Report of the Indian Hemp Drugs Commission, 1894-1895 - Volume VII
Year: 1894
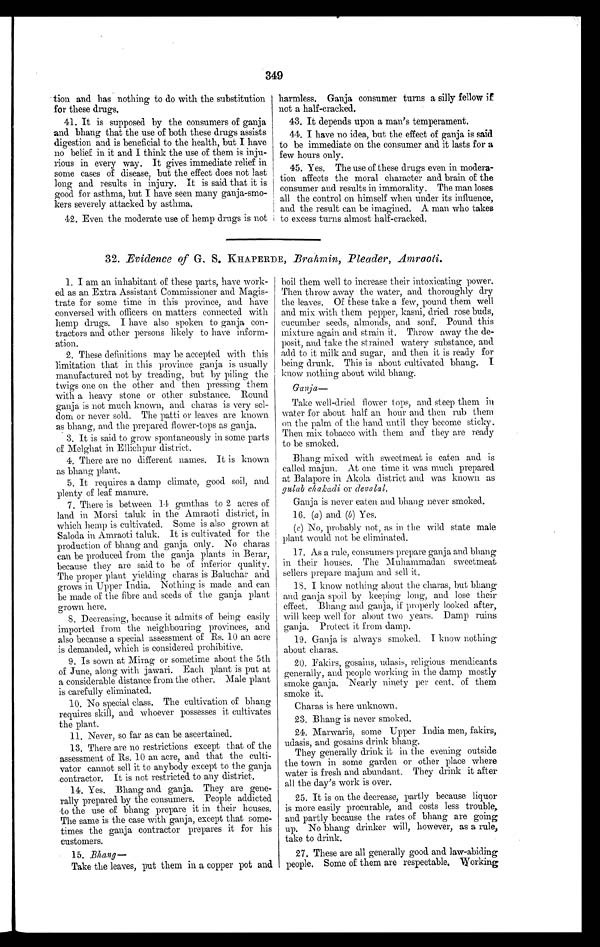
349
tion and has nothing to do with the substitution
for these drugs.
41.It is supposed by the consumers of ganja
and bhang that the use of both these drubs assists
digestion and is beneficial to the health, but I have
no belief in it and I think the use of them is inju-
rious in every way. It gives immediate relief in
some cases of disease, but the effect does not last
long and results in injury. It is said that it is
good for asthma, but I have seen many ganja-smo-
kers severely attacked by asthma.
42.Even the moderate use of hemp drugs is not
harmless. Ganja consumer turns a silly fellow if
not a half-cracked.
43.It depends upon a man's temperament.
44.I have no idea, but the effect of ganja is said
to be immediate on the consumer and it lasts for a
few hours only.
45.Yes. The use of these drugs even in modera-
tion affects the moral character and brain of the
consumer and results in immorality. The man loses
all the control on himself when under its influence,
and the result can be imagined. A man who takes
to excess turns almost half-cracked.
32. Evidence of G. S. KHAPERDE, Brahmin, Pleader, Amraoli.
1.I am an inhabitant of these parts, have work-
ed as an Extra Assistant Commissioner and Magis-
trate for some time in this province, and have
conversed with officers on matters connected with
hemp drugs. I have also spoken to ganja con-
tractors and other persons likely to have inform-
ation.
2. These definitions may be accepted with this
limitation that in this province ganja is usually
manufactured not by treading, but by piling the
twigs one on the other and then pressing them
with a heavy stone or other substance. Round
ganja is not much known, and charas is very sel-
dom or never sold, The Patti or leaves are known
as bhang, and the prepared flower-tops as ganja.
3.It is said to grow spontaneously in some parts
of MeIghat in Ellichpur district.
4.There are no different names. It is known
as bhang plant.
5.It requires a damp climate, good soil, and
plenty of leaf manure.
7. There is between 14 gunthas to 2 acres of
land in Morsi taluk in the Amraoti district, in
which hemp is cultivated. Some is also grown at
Saloda in Amraoti taluk. It is cultivated for the
production of bhang and ganja only. No charas
can be produced from the ganja plants in Berar,
because they are said to be of inferior quality.
The proper plant yielding charas is Baluchar and
grows in Upper India. Nothing is made and can
be made of the fibre and seeds of the ganja plant.
grown here.
8, Decreasing, because it admits of being easily
imported from the neighbouring provinces, and
also because a special assessment of Rs. 10 an acre
is demanded, which is considered prohibitive.
9.Is sown at Mirag or sometime about the 5th
of June, along with jawari. Each plant is put at
a considerable distance from the other. Male plant
is carefully eliminated.
10.No special class. The cultivation of bhang
requires skill, and whoever possesses it cultivates
the plant.
11.Never, so far as can be ascertained.
13. There are no restrictions except that of the
assessment of Rs. 10 an acre, and that the culti-
vator cannot sell it to anybody except to the ganja
,contractor. It is not restricted to any district.
14.Yes. Bhang and ganja. They are gene-
rally prepared. by the consumers. People addicted
to the use of bhang prepare it in their houses,
The same is the case with ganja, except that some-
times the ganja .contractor prepares it for his
customers.
15. Bhang—
Take the leaves, put them in a copper pot and
boil them well to increase their intoxicating power.
Then throw away the water, and thoroughly dry
the leaves. Of these take a few, pound them well
and mix with them pepper, kasni, dried rose buds,
cucumber seeds, almonds, and sod. Pound this
mixture again and strain it. Throw away the de-
posit, and take the strained watery substance, and
add to it milk and sugar, and then it is ready for
being drunk. This is about cultivated bhang. I
know nothing about wild bhang.
Ganja —
Take well-dried flower tops, and steep them in
water for about half an hour and then rub them
on the palm of the hand until they become sticky.
Then mix tobacco with them and they are ready
to be smoked.
Bhang mixed with sweetmeat is eaten and is
called majun. At one time it was much prepared
at Balapore in Akola district and was known as
gul ab chakadi o r
d e v a l a l .
Ganja is never eaten and bhang never smoked.
16.(a) and (b) Yes.
(c) No, probably not, as in the wild state male
plant would not be eliminated.
17.As a rule, consumers prepare ganja and bhang
in their houses. The Muhammadan sweetmeat
sellers prepare majum and sell it.
18.I know nothing about the charas, but bhang
and ganja spoil by keeping long, and lose their
effect. Bhang and ganja, if properly looked after,
will keep well for about two years. Damp ruins
ganja. Protect it from damp.
19.Ganja is always smoked. I know nothing
about charas.
20.Fakirs, gosains, udasis, religious mendicants
generally, and people working in the damp mostly
smoke ganja. Nearly ninety per cent. of them
smoke it.
Charas is here unknown.
23.Bhang is never smoked.
24.Marwaris, some Upper India men, fakirs,
udasis, and gosains drink bhang.
They generally drink it in the evening outside
the town in some garden or other place where
water is fresh and abundant. They drink it after
all the day's work is over.
25.It is on the decrease, partly because liquor
is more easily procurable, and costs less trouble,
and partly because the rates of bhang are going
up. No bhang drinker will, however, as a rule,
take to drink.
27. These are all generally good and law-abiding
people. Some of them are respectable. Working